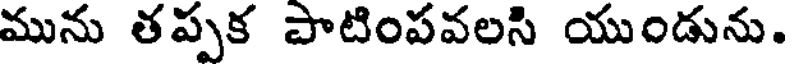
మును తప్పక పాటింపవలసి యుండును.